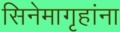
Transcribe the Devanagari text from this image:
सिनेमागृहांना